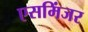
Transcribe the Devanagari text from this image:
एसमिंजर